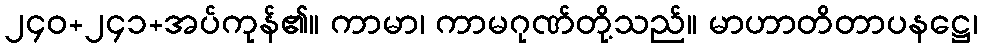
၂၄၀+၂၄၁+အပ်ကုန်၏။ ကာမာ၊ ကာမဂုဏ်တို့သည်။ မာဟာတိတာပနဋ္ဌေ၊